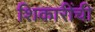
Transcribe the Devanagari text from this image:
शिकारींची